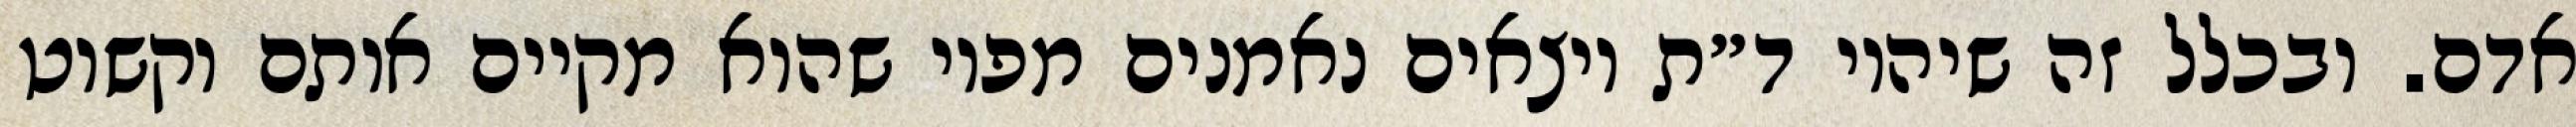
אדם. ובכלל זה שיהיו ד״ת יוצאים נאמנים מפיו שהוא מקיים אותם וקשוט